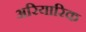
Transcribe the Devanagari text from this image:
अरियारिक